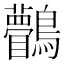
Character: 𪈆